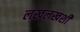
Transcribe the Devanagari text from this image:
लखलखशी